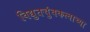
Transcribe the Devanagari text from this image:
विद्युतचुंबकत्वाच्या